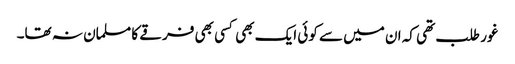
غور طلب تھی کہ ان میں سے کوئی ایک بھی کسی بھی فرقے کا مسلمان نہ تھا۔